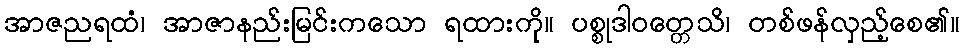
အာဇညရထံ၊ အာဇာနည်းမြင်းကသော ရထားကို။ ပစ္စုဒါဝတ္တေသိ၊ တစ်ဖန်လှည့်စေ၏။